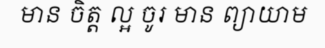
មាន ចិត្ត ល្អ ចូរ មាន ព្យាយាម